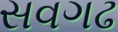
સવગઢ